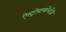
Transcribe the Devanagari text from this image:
ऐस्ट्रोबायॉलॉजी